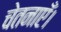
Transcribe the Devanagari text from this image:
चेतनाएँ।